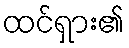
ထင်ရှား၏